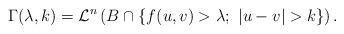
LaTeX: \begin{align*}\Gamma(\lambda,k) = \mathcal{L}^n\left(B \cap \left\{f(u,v) > \lambda; \ |u-v|>k\right\}\right).\end{align*}